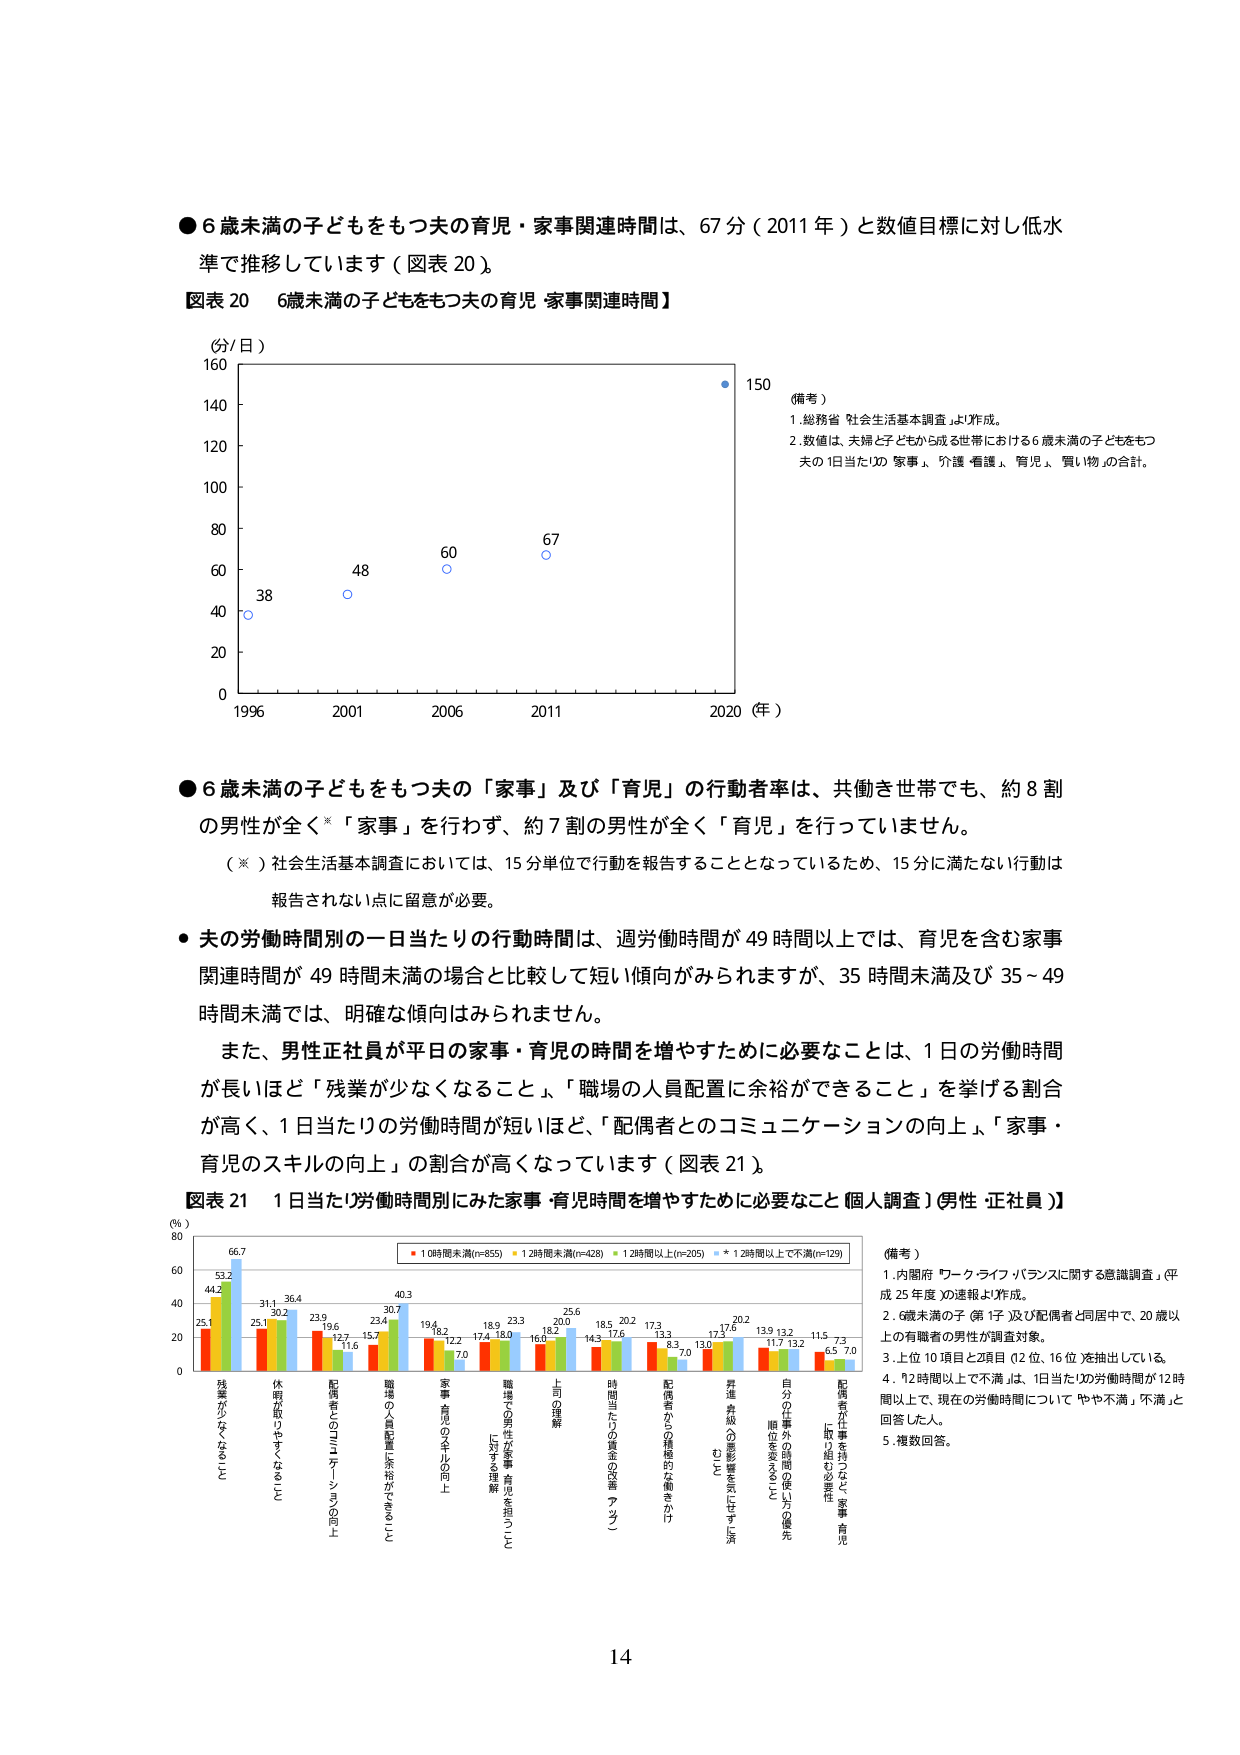
●6歳未満の子どもをもつ夫の育児・家事関連時間は、67分（2011年）と数値目標に対し低水準で推移しています（図表20）。

図表20　6歳未満の子どもをもつ夫の育児・家事関連時間】

（分/日）
160
140
120
100
80
60
40
20
0
1996　2001　2006　2011　2020（年）
38　48　60　67　150

（備考）
1. 総務省「社会生活基本調査」より作成。
2. 数値は、夫婦と子どもから成る世帯における6歳未満の子どもをもつ夫の1日当たりの「家事」、「介護・看護」、「育児」、「買い物」の合計。

●6歳未満の子どもをもつ夫の「家事」及び「育児」の行動者率は、共働き世帯でも、約8割の男性が全く※「家事」を行わず、約7割の男性が全く「育児」を行っていません。

（※）社会生活基本調査においては、15分単位で行動を報告することとなっているため、15分に満たない行動は報告されない点に留意が必要。

●夫の労働時間別の1日当たりの行動時間は、週労働時間が49時間以上では、育児を含む家事関連時間が49時間未満の場合と比較して短い傾向がみられますが、35時間未満及び35～49時間未満では、明確な傾向はみられません。

また、男性正社員が平日の家事・育児の時間を増やすために必要なことは、1日の労働時間が長いほど「残業が少なくなること」、「職場の人員配置に余裕ができること」を挙げる割合が高く、1日当たりの労働時間が短いほど、「配偶者とのコミュニケーションの向上」、「家事・育児のスキルの向上」の割合が高くなっています（図表21）。

図表21　1日当たり労働時間別にみた家事・育児時間を増やすために必要なこと（個人調査）【男性・正社員】

（％）
80
60
40
20
0
残業が少なくなること
休暇が取りやすくなること
配偶者とのコミュニケーションの向上
職場の人員配置に余裕ができること
家事・育児のスキルの向上
職場での男性が家事・育児を担うことにに対する理解
上司の理解
時間当たりの賃金の改善（アップ）
配偶者からの積極的な働きかけ
昇進・昇級の影響を気にせず頑張れるように
自分の仕事外の時間の使い方の優先順位を変えること
配偶者に仕事を持たせなく、家事・育児に取り組む必要性

■10時間未満(n=855)　■12時間未満(n=428)　■12時間以上(n=205)　■12時間以上で不満(n=129)

（備考）
1. 内閣府「ワーク・ライフ・バランスに関する意識調査」（平成25年度）の速報より作成。
2. 6歳未満の子（第1子）及び配偶者と同居中で、20歳以上の有職者の男性が調査対象。
3. 上位10項目と2項目（12位、16位）を抽出している。
4. 「12時間以上で不満」は、「1日当たりの労働時間が12時間以上で、現在の労働時間について『やや不満』『不満』と回答した人。
5. 複数回答。

14